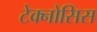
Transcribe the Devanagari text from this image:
टेक्नोसिस